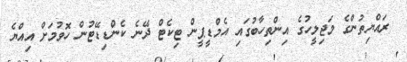
ރައްޔިތުންގެ މަޖިލީހުގެ އިންތިހާބުގައި އެމްޑީޕީން ޓިކެޓް ދޭނެ ކެންޑިޑޭޓުން ހޮވުމަށް އިއްޔެ